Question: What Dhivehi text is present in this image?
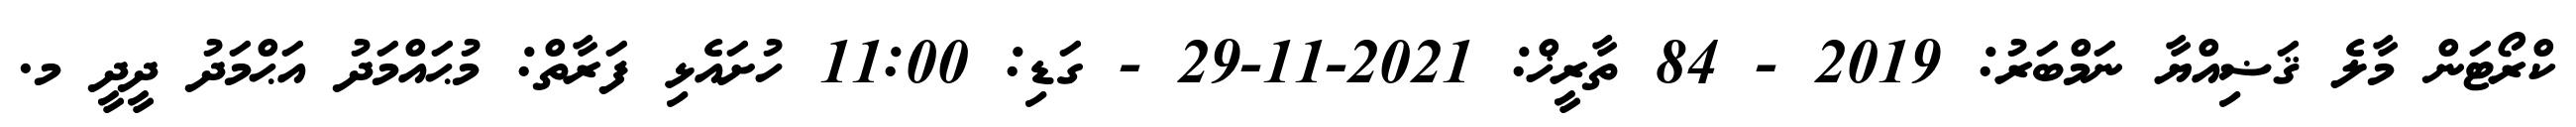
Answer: ކްރޯޓަން މާލެ ޤަޟިއްޔާ ނަމްބަރު: 2019 - 84 ތާރީޚް: 2021-11-29 - ގަޑި: 11:00 ހުށައެޅި ފަރާތް: މުޙައްމަދު އަޙްމަދު ދީދީ މ.